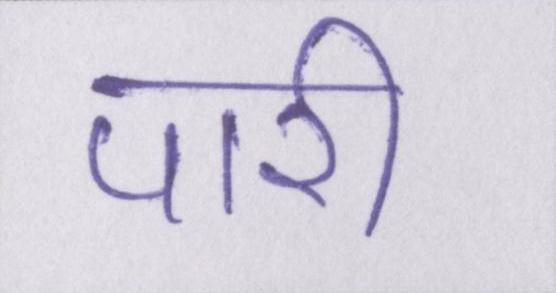
पारी